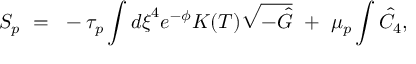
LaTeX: { S _ { p } } ~ = ~ - { \tau _ { p } } \int { { d \xi } ^ { 4 } } { e ^ { - \phi } } K ( T ) \sqrt { - \hat { G } } ~ + ~ { { \mu } _ { p } } \int { \hat { C } } _ { 4 } ,